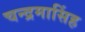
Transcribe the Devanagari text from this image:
चन्द्रमासिंह